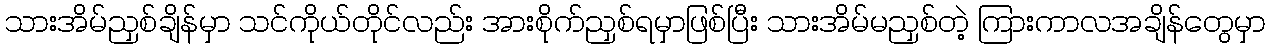
သားအိမ်ညှစ်ချိန်မှာ သင်ကိုယ်တိုင်လည်း အားစိုက်ညှစ်ရမှာဖြစ်ပြီး သားအိမ်မညှစ်တဲ့ ကြားကာလအချိန်တွေမှာ